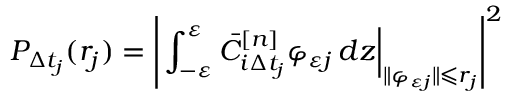
P _ { \Delta t _ { j } } ( r _ { j } ) = \left| \left. \int _ { - \varepsilon } ^ { \varepsilon } \bar { C } _ { i \Delta t _ { j } } ^ { [ n ] } \varphi _ { \varepsilon j } \mathop { } \! { d { z } } \right| _ { \| \varphi _ { \varepsilon j } \| \leqslant r _ { j } } \right| ^ { 2 }